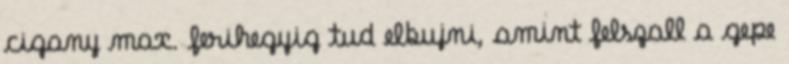
cigany max. ferihegyig tud elbujni, amint felszall a gepe